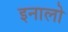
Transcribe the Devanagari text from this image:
इनालो